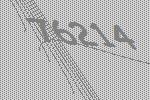
76214